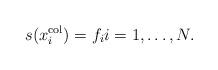
LaTeX: \begin{align*} s(x_i^{\mathrm{col}}) = f_i i=1,\ldots, N.\end{align*}